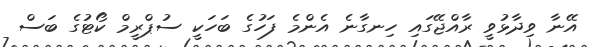
އޭނާ ވިދާޅުވީ ރާއްޖޭގައި ހިނގާނެ އެންމެ ފަހުގެ ބަހަކީ ސުޕްރީމް ކޯޓުގެ ބަސް